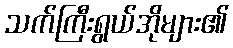
သက်ကြီးရွယ်အိုများ၏